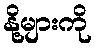
နို့များကို